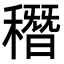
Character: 䅾